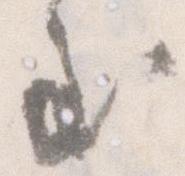
至